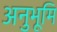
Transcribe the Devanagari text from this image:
अनुभूमि